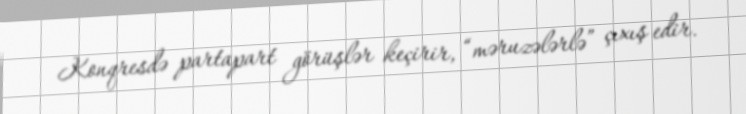
Konqresdə partapart görüşlər keçirir, “məruzələrlə” çıxış edir.